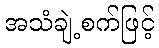
အသံချဲ့စက်ဖြင့်